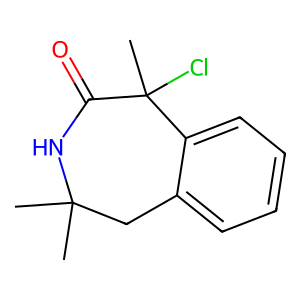
SMILES: CC1(C)Cc2ccccc2C(C)(Cl)C(=O)N1
Inhibits HIV replication: No